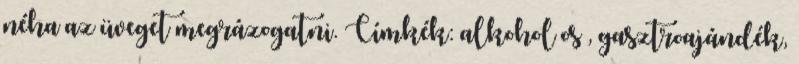
néha az üveget megrázogatni. Címkék: alkohol os , gasztroajándék,